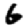
Digit: 6